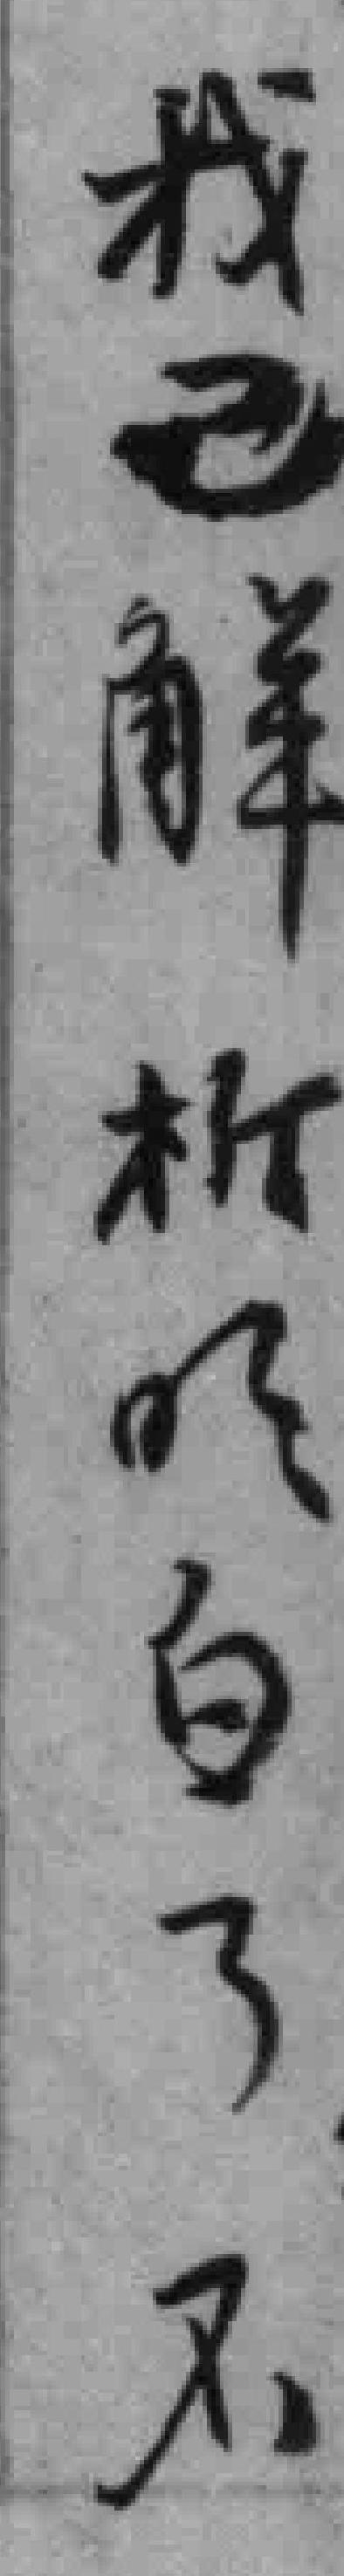
我己解析明白了不